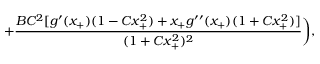
+ \frac { B C ^ { 2 } [ g ^ { \prime } ( x _ { + } ) ( 1 - C x _ { + } ^ { 2 } ) + x _ { + } g ^ { \prime \prime } ( x _ { + } ) ( 1 + C x _ { + } ^ { 2 } ) ] } { ( 1 + C x _ { + } ^ { 2 } ) ^ { 2 } } \biggr ) ,